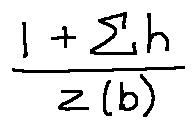
\frac { l + \sum h } { z ( b ) }